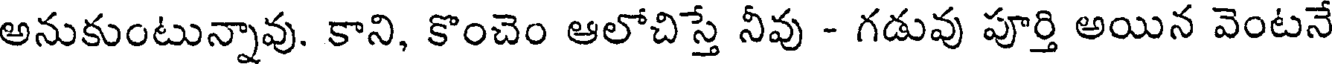
అనుకుంటున్నావు. కాని, కొంచెం ఆలోచిస్తే నీవు - గడువు పూర్తి అయిన వెంటనే